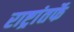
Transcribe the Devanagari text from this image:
राष्ट्रांतर्फे